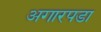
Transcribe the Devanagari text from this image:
अगारपडा